Annual vaccination report of Bihar and Orissa - 1911-1928
Year: 1911
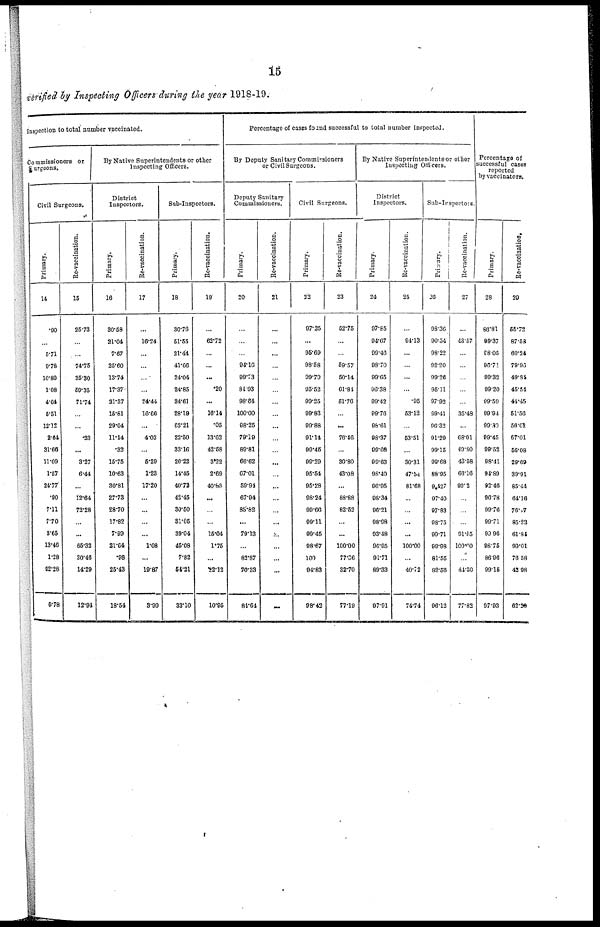
15
verified by Inspecting Officers during the year 1918-19.
inspection to total number vaccinated.
Commissioners or
Surgeons.
Civil Surgeons.
Primary.
14
.90
...
5.71
9.78
10.80
1.08
4.64
5.51
12.12
2.64
31.66
11.09
1.57
24.77
.90
7.11
7.70
3.65
13.46
1.28
92.28
5.78
Re-vaccination.
15
25.73
...
...
74.75
35.30
59.35
71.74
...
...
.23
...
3.27
6.44
...
12.64
72.28
...
...
65.32
30.46
14.29
12.94
By Native Superintendents or other
Inspecting Officers.
District
Inspectors.
Primary.
16
30.58
21.04
7.67
25.60
13.74
17.37
21.37
15.81
29.04
11.14
.32
15.75
10.63
30.81
27.73
28.70
17.82
7.99
21.64
.98
25.43
18.54
Re-vaccination.
17
...
16.24
...
...
...
...
24.44
16.66
...
4.02
...
5.29
1.23
17.20
...
...
...
...
1.08
...
19.87
3.90
Sub-Inspectors.
Primary.
18
30.76
51.55
21.44
41.66
24.04
24.85
34.61
28.19
62.21
22.50
33.16
20.22
14.45
40.72
42.45
30.50
31.05
39.04
45.08
7.82
54.21
33.10
Re-vaccination.
19
...
62.72
...
...
...
.20
...
16.14
.05
13.02
42.58
3.22
2.69
40.83
...
...
...
15.04
1.75
...
22.12
10.95
Percentage of cases found successful to total number inspected.
By Deputy Sanitary Commissioners
or Civil Surgeons.
Deputy Sanitary
Commissioners.
Primary.
20
...
...
...
94.16
99.23
84.93
98.64
100.00
98.25
79.19
89.81
66.62
67.01
59.94
67.94
85.82
...
79.13
...
82.87
70.33
84.64
Re-vaccination.
21
...
...
...
...
...
...
...
...
...
...
...
...
...
...
...
...
...
...
...
...
...
...
Civil Surgeons.
Primary.
22
97.25
...
95.69
98.58
99.79
95.52
99.25
99.83
99.88
91.14
99.45
99.29
95.54
95.28
98.24
99.66
99.11
99.45
98.67
100
94.83
98.42
Re-vaccination.
23
52.75
...
...
59.57
50.14
61.84
51.76
...
...
76.46
...
30.80
43.08
...
88.88
82.52
...
...
100.00
77.36
32.70
77.19
By Native Superintendents or other
Inspecting Officers.
District
Inspectors.
Primary.
24
97.85
94.07
99.46
98.70
99.65
96.38
99.42
99.76
98.61
98.37
99.08
99.63
98.40
96.95
98.34
96.21
98.98
93.48
96.95
91.71
89.33
97.91
Re-vaccination.
25
...
94.13
...
...
...
...
.95
53.12
...
53.51
...
30.31
47.54
81.68
...
...
...
...
100.00
...
40.72
74.74
Sub-Inspectors.
Primary.
26
98.36
90.54
98.22
92.20
99.26
95.11
97.92
99.41
96.32
91.29
99.15
98.68
88.95
9,427
97.40
97.83
98.75
99.71
99.98
81.55
82.58
96.12
Re-vaccination.
27
...
43.57
...
...
...
...
...
35.48
...
68.01
49.80
43.58
66.16
90.2
...
...
...
91.55
100.00
...
44.30
77.82
Percentage of
successful cases
reported
by vaccinators.
Primary.
28
86.81
99.37
98.05
96.71
99.32
99.20
99.59
99.94
99.80
99.45
99.52
98.41
94.89
92.46
96.78
99.76
99.71
99.96
98.75
86.96
99.15
97.93
Re-vaccination.
29
55.72
87.58
60.24
79.96
49.84
45.54
41.45
51.56
56.01
67.01
56.08
29.69
39.91
85.44
64.16
76.47
85.22
61.84
90.01
76.58
42.98
62.20